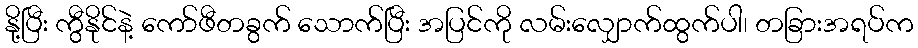
နို့ပြီး ကွီနိုင်နဲ့ ကော်ဖီတခွက် သောက်ပြီး အပြင်ကို လမ်းလျှောက်ထွက်ပါ၊ တခြားအရပ်က